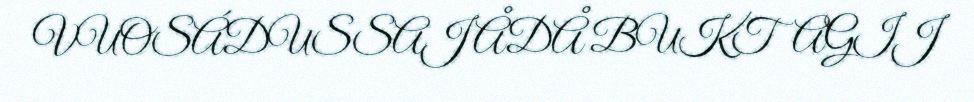
VUOSÁDUSSAJ ÅDÅ BUKTAGIJ